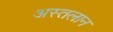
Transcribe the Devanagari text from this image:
अस्तलान